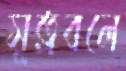
সূত্রবলে